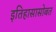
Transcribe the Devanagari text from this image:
इतिहासासोबत